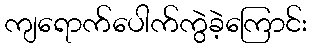
ကျရောက်ပေါက်ကွဲခဲ့ကြောင်း